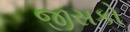
જીસકો